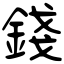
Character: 錢